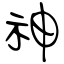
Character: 神